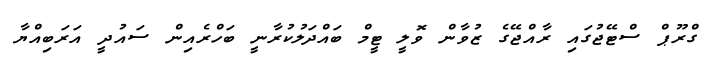
ގްރޫޕް ސްޓޭޖުގައި ރާއްޖޭގެ ޒުވާން ވޮލީ ޓީމް ބައްދަލުކުރާނީ ބަހްރެއިން ސައުދީ އަރަބިއްޔާ